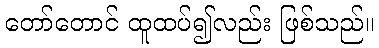
တော်တောင် ထူထပ်၍လည်း ဖြစ်သည်။